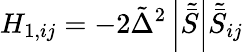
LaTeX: H_{1,ij}=-2{\tilde{\Delta}^{2}}\left|{\tilde{\bar{S}}}\right|{\tilde{\bar{S}}_{ij}}